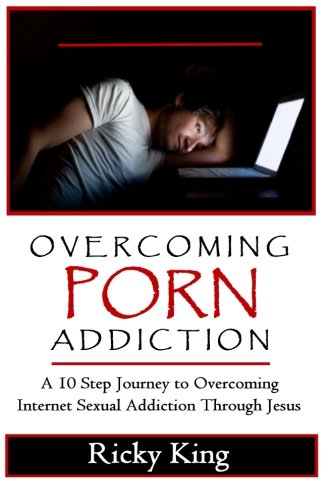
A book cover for Overcoming Porn Addiction: A 10 Step Journey to Overcoming Internet Sexual Addiction Through Jesus; Ricky King; Health, Fitness & Dieting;